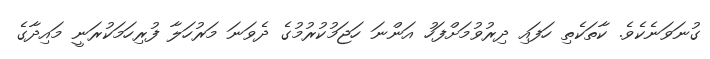
ގުނަވަނެކެވެ. ކާތަކެތި ހަފައި ދިރުވުމަށްފަހު އަންނަ ހަޖަމުކުރުމުގެ ދެވަނަ މަރުހަލާ ފުރިހަމަކުރަނީ މައިދާގެ